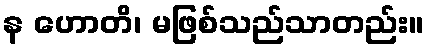
န ဟောတိ၊ မဖြစ်သည်သာတည်း။